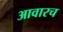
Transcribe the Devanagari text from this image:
आवारच